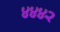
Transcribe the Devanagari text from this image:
४४४२